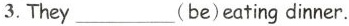
3.They ___(be)eating dinner.